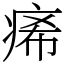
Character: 㾙